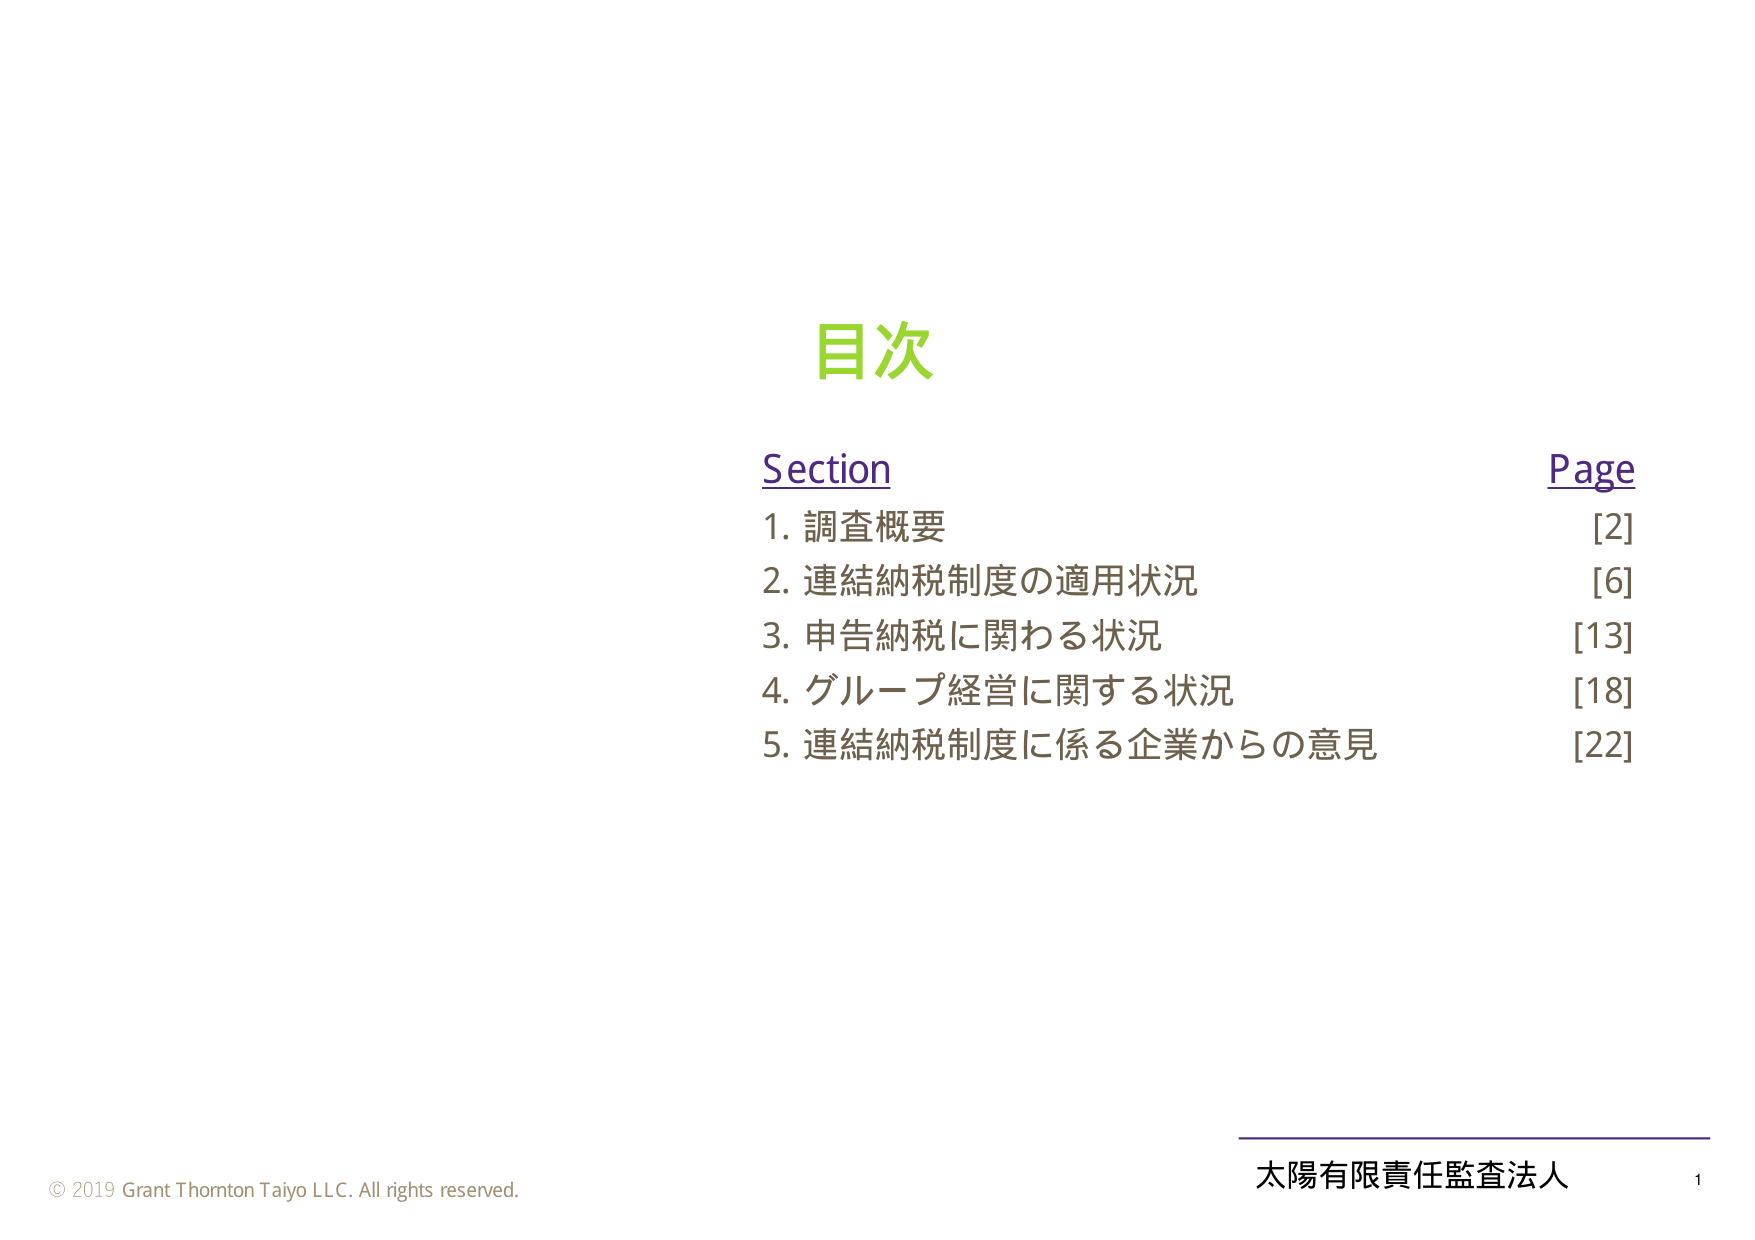
目次

Section                                      Page
1. 調査概要                                  [2]
2. 連結納税制度の適用状況                     [6]
3. 申告納税に関わる状況                      [13]
4. グループ経営に関する状況                   [18]
5. 連結納税制度に係る企業からの意見            [22]

© 2019 Grant Thornton Taiyo LLC. All rights reserved.
太陽有限責任監査法人                             1